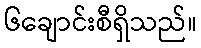
၆ချောင်းစီရှိသည်။